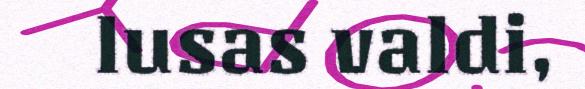
lusas valdi,